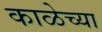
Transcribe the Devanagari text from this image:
काळेच्या